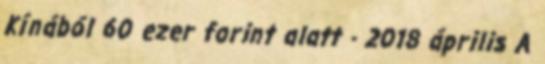
Kínából 60 ezer forint alatt - 2018 április A